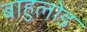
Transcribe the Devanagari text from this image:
बाहुलोड